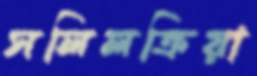
সলিলক্রিয়া